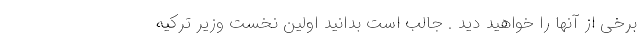
برخی از آنها را خواهید دید . جالب است بدانید اولین نخست وزیر ترکیه